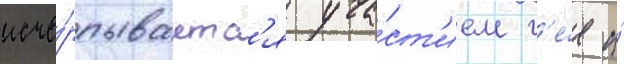
исче́рпываетс'я уча́ст'ием г'е́я и́